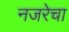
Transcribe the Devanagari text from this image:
नजरेचा